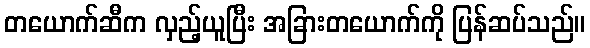
တယောက်ဆီက လှည့်ယူပြီး အခြားတယောက်ကို ပြန်ဆပ်သည်။